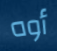
أوه